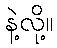
နဲ့လို့။